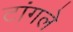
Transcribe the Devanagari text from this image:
टांगले